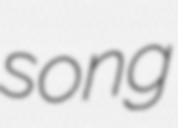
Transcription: song